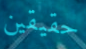
حقيقين